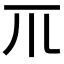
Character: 𥘅